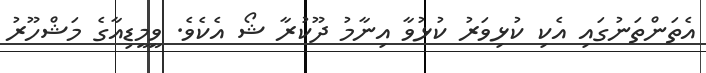
އެތަންތަނުގައި އެކި ކުޅިވަރު ކުޅުވާ އިނާމު ދޫކުރާ ޝޯ އެކެވެ. ވީމީޑިއާގެ މަޝްހޫރު